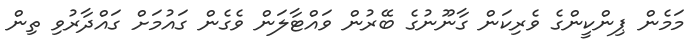
މަމެން ޕިންކީންގެ ވެރިކަން ގާނޫނުގެ ބޭރުން ވައްޓާލަން ވެގެން ގައުމަށް ގައްދާރުވި ތިން